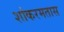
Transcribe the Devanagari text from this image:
शांकरमतास